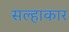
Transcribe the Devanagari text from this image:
सल्हाकार